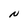
Character: N